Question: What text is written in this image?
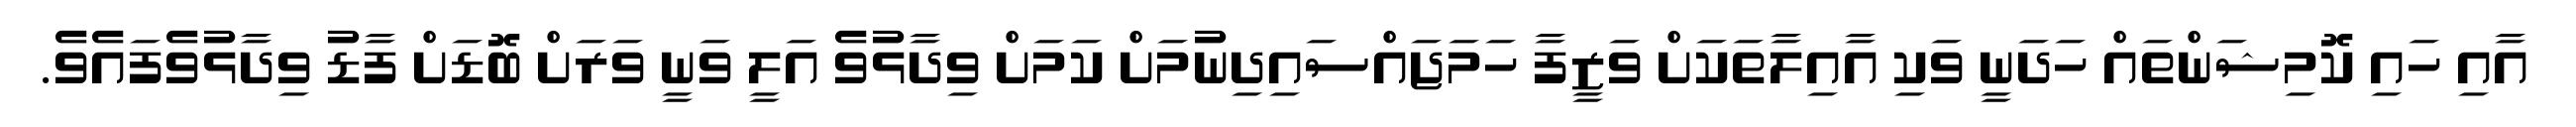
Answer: އާއި ހައި ކޮމިޝަންތައް ހަދަނީ ވަކި އާއިލާތަކަށް ވަޒީފާ ހަމަޖައްސައިދިނުމަށް ކަމަށް ވިދާޅުވެ އަލީ ވަނީ ވަރަށް ބޮޑަށް ފާޑު ވިދާޅުވެފައެވެ.